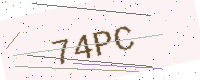
Text: 74PC